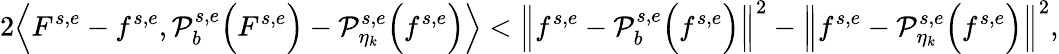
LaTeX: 2\Big\langle F^{s,e}-f^{s,e},\mathcal{P}_{b}^{s,e}\Big(F^{s,e}\Big)-\mathcal{P}_{\eta_{k}}^{s,e}\Big(f^{s,e}\Big)\Big\rangle<\Big\| f^{s,e}-\mathcal{P}_{b}^{s,e}\Big(f^{s,e}\Big)\Big\| ^{2}-\Big\| f^{s,e}-\mathcal{P}_{\eta_{k}}^{s,e}\Big(f^{s,e}\Big)\Big\| ^{2},